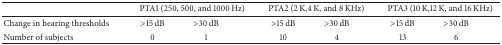
<table><thead><tr><td><b> </b></td><td colspan="2"><b>PTA1 (250, 500, and 1000 Hz)</b></td><td colspan="2"><b>PTA2 (2 K,4 K, and 8 KHz)</b></td><td colspan="2"><b>PTA3 (10 K,12 K, and 16 KHz)</b></td></tr></thead><tbody><tr><td>Change in hearing thresholds</td><td>&gt;15 dB</td><td>&gt;30 dB</td><td>&gt;15 dB</td><td>&gt;30 dB</td><td>&gt;15 dB</td><td>&gt;30 dB</td></tr><tr><td>Number of subjects</td><td>0</td><td>1</td><td>10</td><td>4</td><td>13</td><td>6</td></tr></tbody></table>